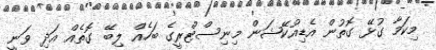
މިކަމާ ގުޅޭ ގޮތުން އެޑިއުކޭޝަން މިނިސްޓްރީގެ ބަހެއް ލިބޭ ގޮތެއް އަދި ވަނީ